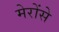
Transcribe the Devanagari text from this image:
मेरोंसे